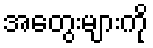
အတွေးများကို